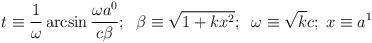
LaTeX: \begin{align*}t\equiv\frac{1}{\omega}\arcsin\frac{\omega a^0}{c\beta};\;\;\beta\equiv\sqrt{1+kx^2};\;\;\omega\equiv\sqrt{k}c;\;x\equiv a^1\end{align*}